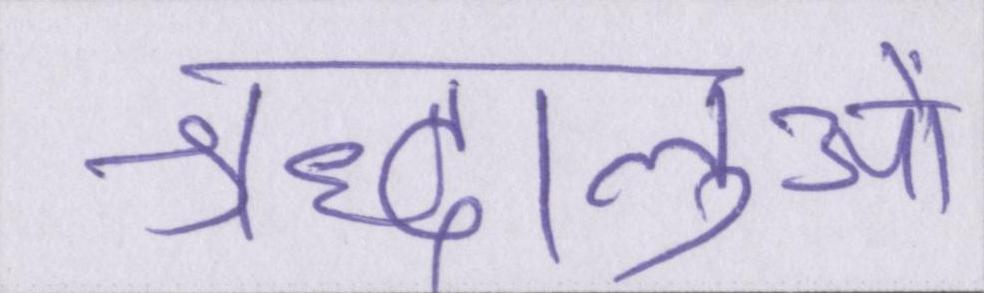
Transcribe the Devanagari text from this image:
श्रद्धालुओं